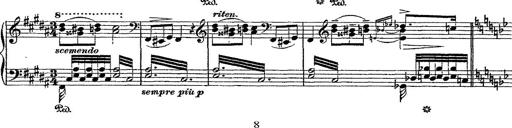
Title: Fantaisie romantique sur deux mÃ©lodies suisses
Composer: Franz Liszt